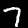
Label: 7